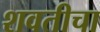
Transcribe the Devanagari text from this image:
शवतीचा